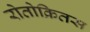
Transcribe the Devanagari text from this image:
रोतोक्रितस